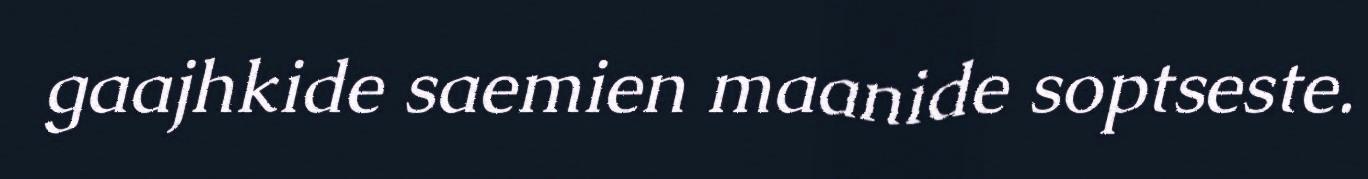
gaajhkide saemien maanide soptseste.